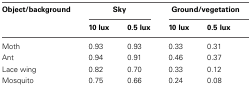
<table><thead><tr><td><b>Object/background</b></td><td colspan="2"><b>Sky</b></td><td colspan="2"><b>Ground/vegetation</b></td></tr><tr><td></td><td><b>10 lux</b></td><td><b>0.5 lux</b></td><td><b>10 lux</b></td><td><b>0.5 lux</b></td></tr></thead><tbody><tr><td>Moth</td><td>0.93</td><td>0.93</td><td>0.33</td><td>0.31</td></tr><tr><td>Ant</td><td>0.94</td><td>0.91</td><td>0.46</td><td>0.37</td></tr><tr><td>Lace wing</td><td>0.82</td><td>0.70</td><td>0.33</td><td>0.12</td></tr><tr><td>Mosquito</td><td>0.75</td><td>0.66</td><td>0.24</td><td>0.08</td></tr></tbody></table>